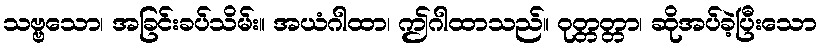
သဗ္ဗသော၊ အခြင်းခပ်သိမ်း။ အယံဂါထာ၊ ဤဂါထာသည်။ ဝုတ္တတ္တာ၊ ဆိုအပ်ခဲ့ပြီးသော